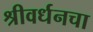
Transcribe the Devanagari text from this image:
श्रीवर्धनचा